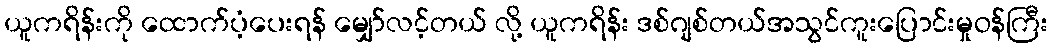
ယူကရိန်းကို ထောက်ပံ့ပေးရန် မျှော်လင့်တယ် လို့ ယူကရိန်း ဒစ်ဂျစ်တယ်အသွင်ကူးပြောင်းမှုဝန်ကြီး